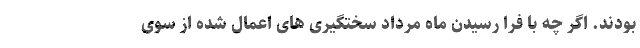
بودند. اگر چه با فرا رسیدن ماه مرداد سختگیری های اعمال شده از سوی